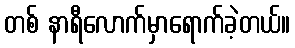
တစ် နာရီလောက်မှာရောက်ခဲ့တယ်။